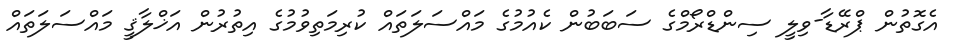
އެގޮތުން ޕްރޭޑާ-ވިލީ ސިންޑްރޯމްގެ ސަބަބުން ކެއުމުގެ މައްސަލަތައް ކުރިމަތިވުމުގެ އިތުރުން އަޚްލާޤީ މައްސަލަތައް